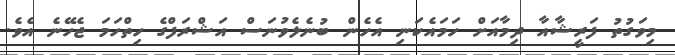
މިވަގުތު ފަރީޝާއާ ދިމާއަށް ހަމައެކަނި އެހެން ބުނެލެވުނަސް އަޝްރަފްގެ ހިތްހަމަ ޖެހޭނެ އެވެ.